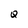
Character: Q